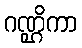
ဂဏ္ဌိကာ